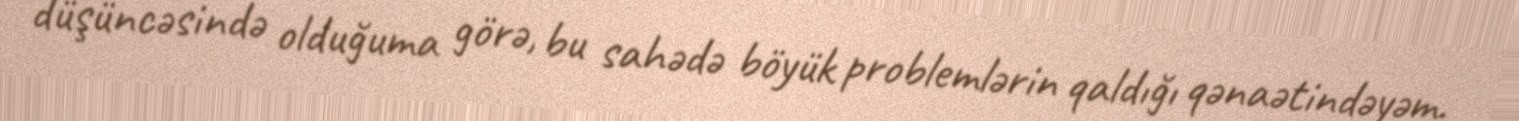
düşüncəsində olduğuma görə, bu sahədə böyük problemlərin qaldığı qənaətindəyəm.